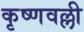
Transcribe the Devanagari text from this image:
कृष्णवल्ली